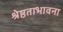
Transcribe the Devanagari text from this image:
श्रेष्ठताभावना